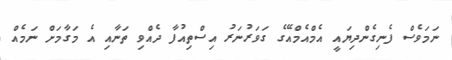
ނަމަވެސް ފެނިގެންދިޔައީ އެމްއެމްއޭގެ ގަވަރުނަރު އިސްތިއުފާ ދެއްވި ތަނާއި އެ މަގާމަށް ނަމެއް